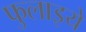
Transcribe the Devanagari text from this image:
फुलाइये